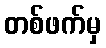
တစ်ဖက်မှ